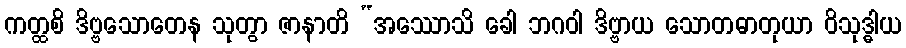
ကတ္ထစိ ဒိဗ္ဗသောတေန သုတွာ ဇာနာတိ “အဿောသိ ခေါ ဘဂဝါ ဒိဗ္ဗာယ သောတဓာတုယာ ဝိသုဒ္ဓါယ